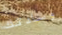
وسادتك